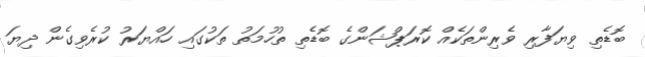
ބޮޑެތި ވިޔަފާރި ވެރިންތަކެއް ކޮރަޕްޝަންގެ ބޮޑެތި ތުހުމަތު ތަކުގައި ހައްޔަރު ކުރެވިގެން ދިޔަ